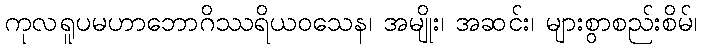
ကုလရူပမဟာဘောဂိဿရိယဝသေန၊ အမျိုး၊ အဆင်း၊ များစွာစည်းစိမ်၊